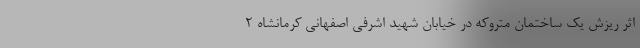
اثر ریزش یک ساختمان متروکه در خیابان شهید اشرفی اصفهانی کرمانشاه ۲